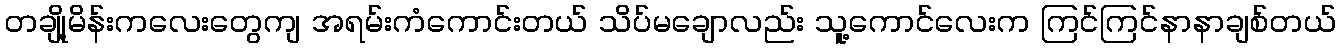
တချို့မိန်းကလေးတွေကျ အရမ်းကံကောင်းတယ် သိပ်မချောလည်း သူ့ကောင်လေးက ကြင်ကြင်နာနာချစ်တယ်